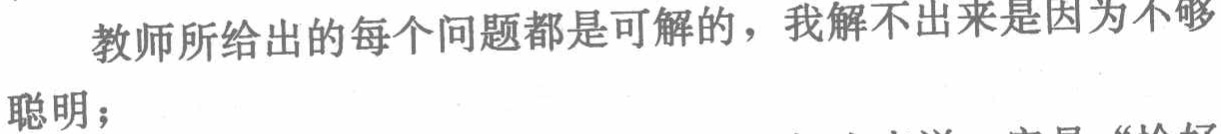
教师所给出的每个问题都是可解的，我解不出来是因为不够聪明；